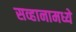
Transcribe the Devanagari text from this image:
सव्हानामध्ये